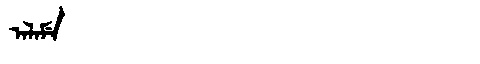
Manchu: ᠠᠯᠠᠮᡝ
Romanization: ALAME